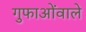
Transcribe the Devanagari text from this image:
गुफाओंवाले